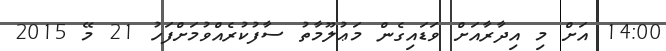
14:00 އަށް މި އިދާރާއަށް ވަޑައިގެން މަޢުލޫމާތު ސާފުކުރެއްވުމަށްފަހު 21 މޭ 2015